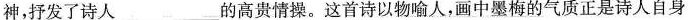
神，抒发了诗人___的高贵情操。这首诗以物喻人，画中墨梅的气质正是诗人自身